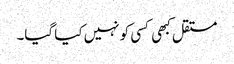
مستقل کبھی کسی کو نہیں کیا گیا۔